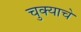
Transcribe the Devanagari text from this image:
चुक्याचे